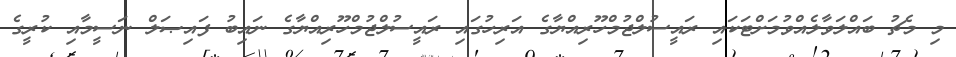
މި މެޗު ބައްލަވާލެއްވުމަށްޓަކައި ރައީސުލްޖުމްހޫރިއްޔާގެ އަރިހުގައި ރައީސުލްޖުމްހޫރިއްޔާގެ ނައިބު ފައިޞަލް ނަސީމާއި ކުރީގެ